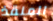
المنقذ